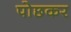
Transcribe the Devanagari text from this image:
पोछकर